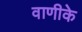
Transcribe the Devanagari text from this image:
वाणीके